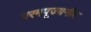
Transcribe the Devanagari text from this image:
परमपूज्‍यनीय